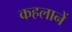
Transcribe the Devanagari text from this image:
कहलानें